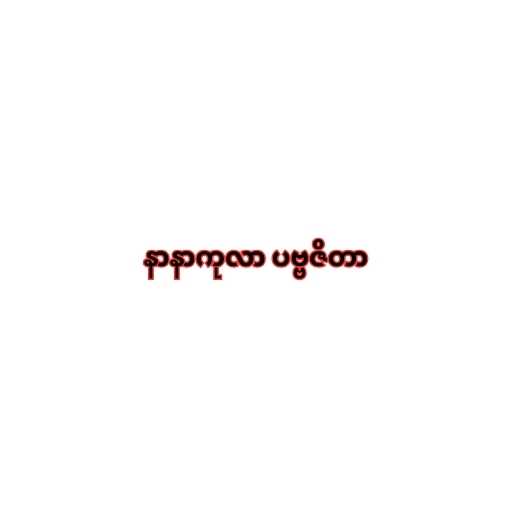
နာနာကုလာ ပဗ္ဗဇိတာ